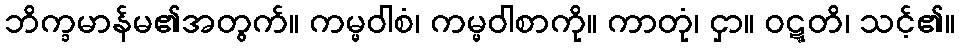
ဘိက္ခမာန်မ၏အတွက်။ ကမ္မဝါစံ၊ ကမ္မဝါစာကို။ ကာတုံ၊ ငှာ။ ဝဋ္ဋတိ၊ သင့်၏။